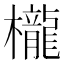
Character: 櫳